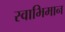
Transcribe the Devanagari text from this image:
स्‍वाभिमान